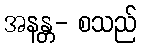
အနန္တ- စသည်